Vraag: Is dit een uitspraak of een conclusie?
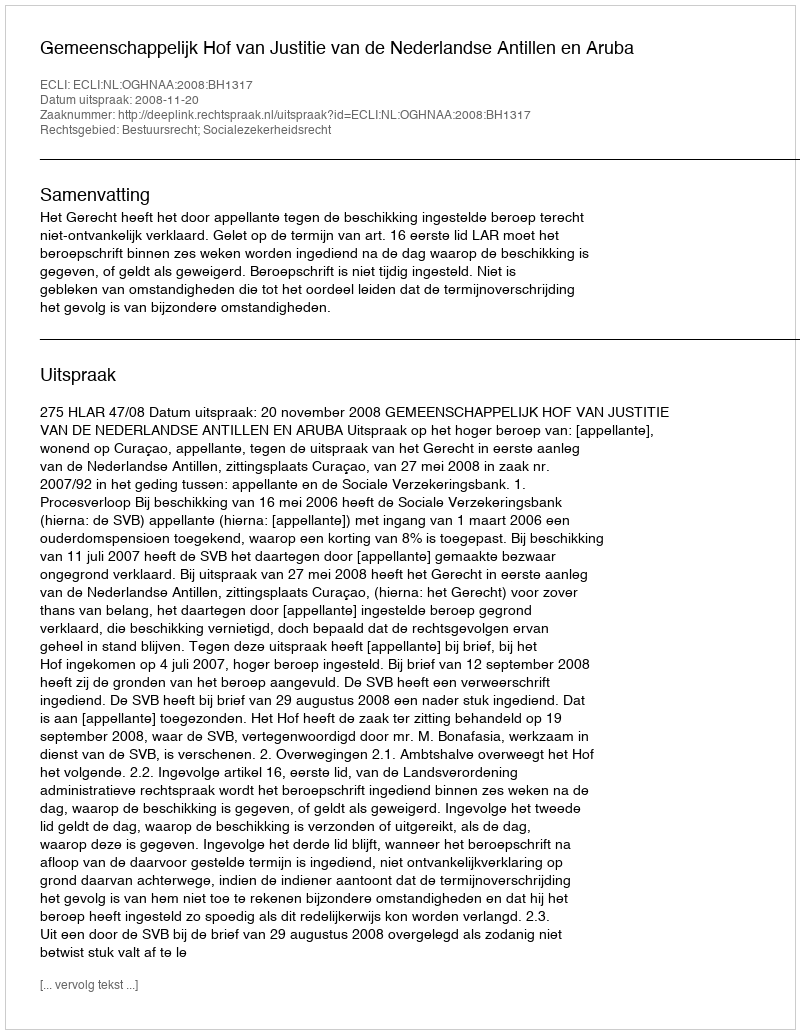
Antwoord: Uitspraak